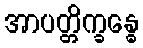
အာပတ္တိက္ခန္ဓေ